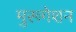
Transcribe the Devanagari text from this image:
मुरूगेशन